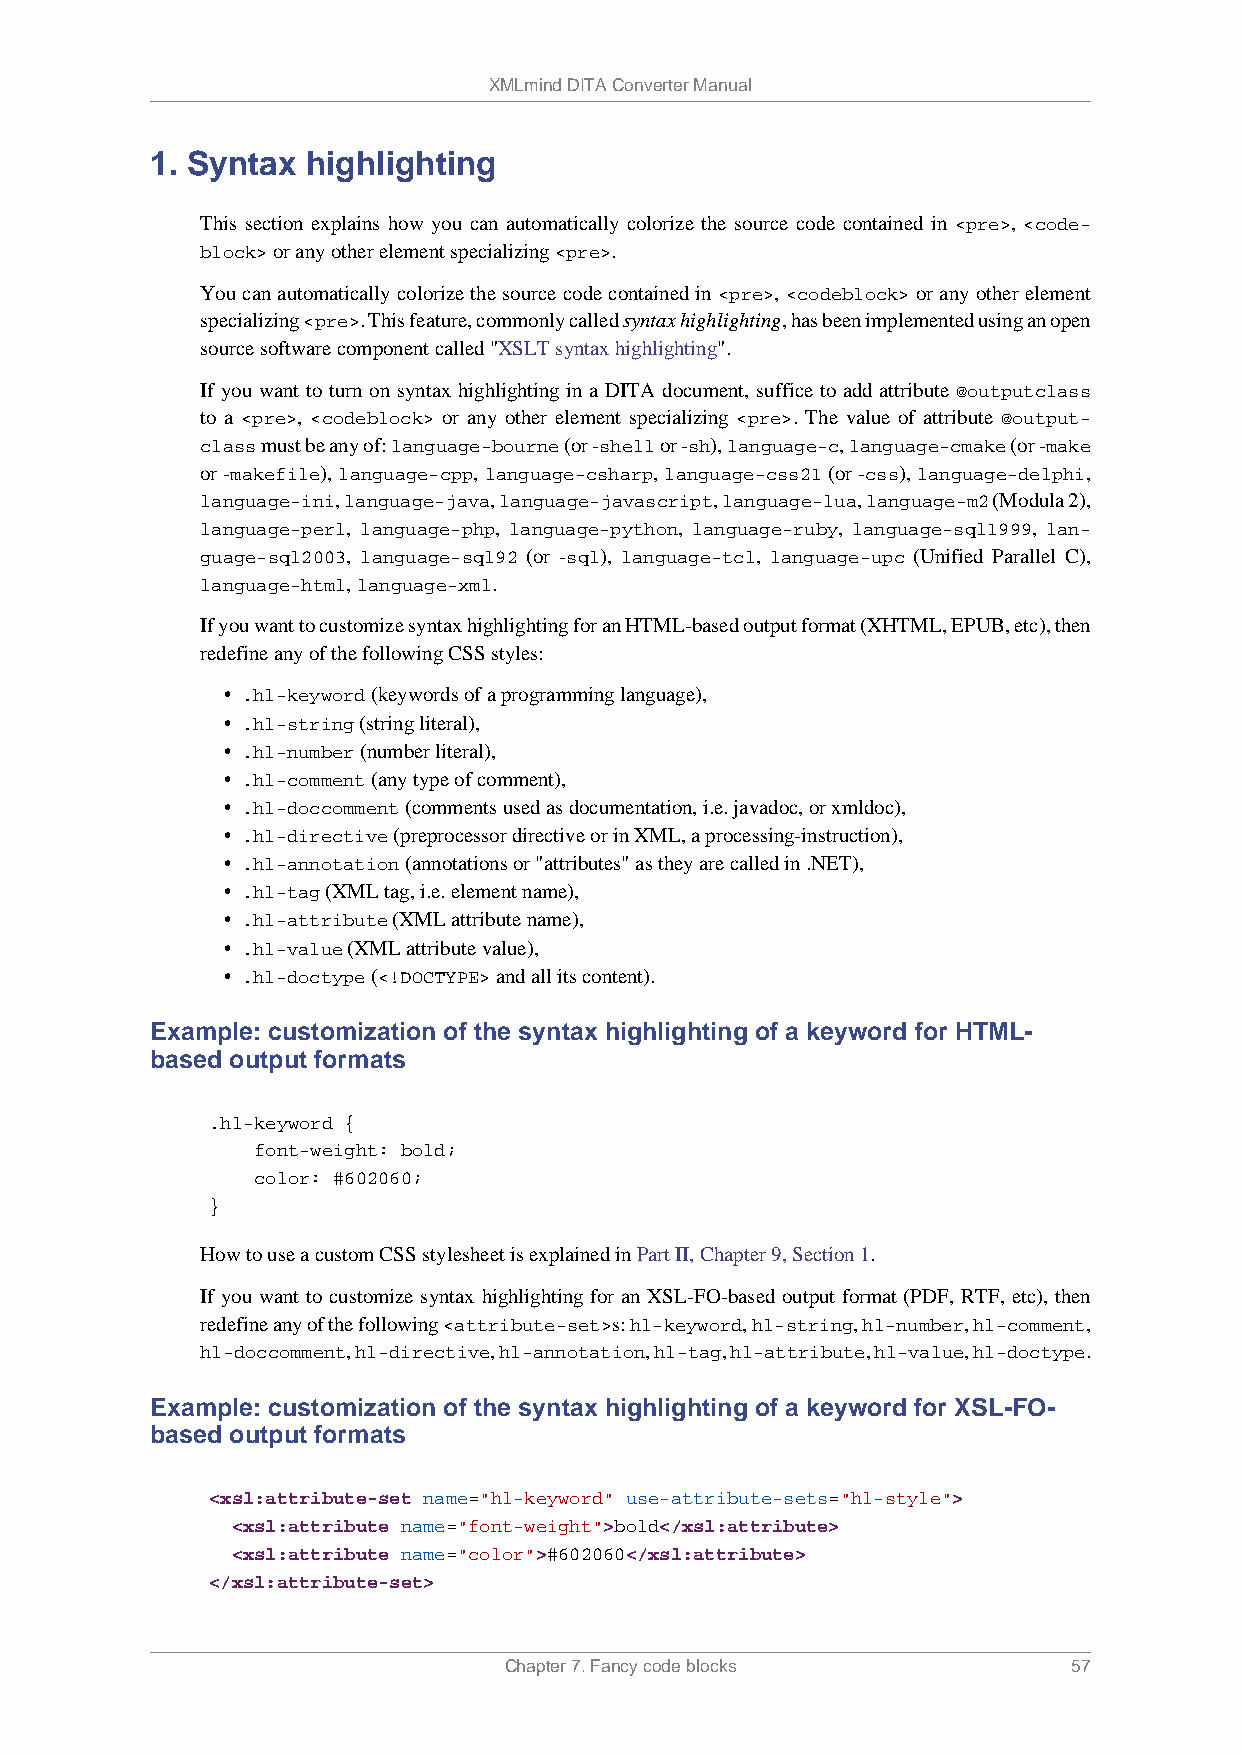
XMLmind DITA Converter Manual
 1. Syntax highlighting
 This section explains how you can automatically colorize the source code contained in <pre>, <code-
 block> or any other element specializing <pre>.
 You can automatically colorize the source code contained in <pre>, <codeblock> or any other element
 specializing <pre>. This feature, commonly called syntax highlighting, has been implemented using an open
 source software component called "XSLT syntax highlighting".
 If you want to turn on syntax highlighting in a DITA document, suffice to add attribute @outputclass
 to a <pre>, <codeblock> or any other element specializing <pre>. The value of attribute @output-
 class must be any of: language-bourne (or -shell or -sh), language-c, language-cmake (or -make
 or -makefile), language-cpp, language-csharp, language-css21 (or -css), language-delphi,
 language-ini, language-java, language-javascript, language-lua, language-m2 (Modula 2),
 language-perl, language-php, language-python, language-ruby, language-sql1999, lan-
 guage-sql2003, language-sql92 (or -sql), language-tcl, language-upc (Unified Parallel C),
 language-html, language-xml.
 If you want to customize syntax highlighting for an HTML-based output format (XHTML, EPUB, etc), then
 redefine any of the following CSS styles:
 • .hl-keyword (keywords of a programming language),
 • .hl-string (string literal),
 • .hl-number (number literal),
 • .hl-comment (any type of comment),
 • .hl-doccomment (comments used as documentation, i.e. javadoc, or xmldoc),
 • .hl-directive (preprocessor directive or in XML, a processing-instruction),
 • .hl-annotation (annotations or "attributes" as they are called in .NET),
 • .hl-tag (XML tag, i.e. element name),
 • .hl-attribute (XML attribute name),
 • .hl-value (XML attribute value),
 • .hl-doctype (<!DOCTYPE> and all its content).
 Example: customization of the syntax highlighting of a keyword for HTML-
 based output formats
 .hl-keyword {
 font-weight: bold;
 color: #602060;
 }
 How to use a custom CSS stylesheet is explained in Part II, Chapter 9, Section 1.
 If you want to customize syntax highlighting for an XSL-FO-based output format (PDF, RTF, etc), then
 redefine any of the following <attribute-set>s: hl-keyword, hl-string, hl-number, hl-comment,
 hl-doccomment, hl-directive, hl-annotation, hl-tag, hl-attribute, hl-value, hl-doctype.
 Example: customization of the syntax highlighting of a keyword for XSL-FO-
 based output formats
 <xsl:attribute-set name="hl-keyword" use-attribute-sets="hl-style">
 <xsl:attribute name="font-weight">bold</xsl:attribute>
 <xsl:attribute name="color">#602060</xsl:attribute>
 </xsl:attribute-set>
 Chapter 7. Fancy code blocks          57